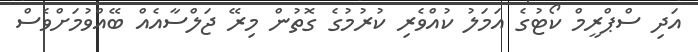
އަދި ސްޕްރީމް ކޯޓުގެ އަމަލު ކުއްވެރި ކުރުމުގެ ގޮތުން މިރޭ ޖަލްސާއެއް ބޭއްވުމަށްވެސް